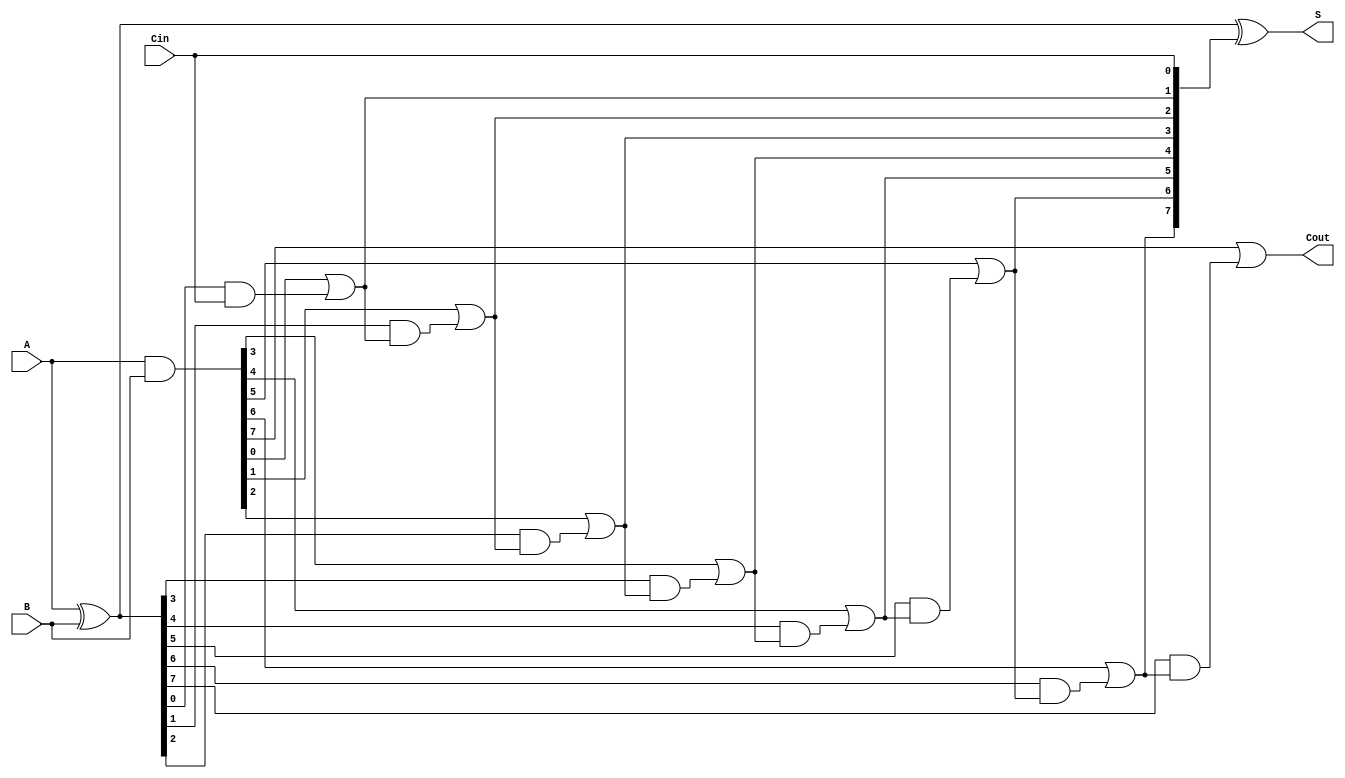
module BrentKungAdder #(parameter N = 8) (
    input [N-1:0] A,
    input [N-1:0] B,
    input Cin,
    output [N-1:0] S,
    output Cout
);

// Generate and Propagate signals
wire [N-1:0] G;
wire [N-1:0] P;
wire [N:0] C; // Carry array, C[0] is the carry-in

assign G = A & B;            // Generate
assign P = A ^ B;            // Propagate
assign C[0] = Cin;           // Initial carry-in

// Carry computation using Brent-Kung logic
genvar i, j;
generate
    // Stage 1
    for (i = 0; i < N; i = i + 1) begin : stage1
        assign C[i+1] = G[i] | (P[i] & C[i]);
    end

    // Additional stages for carry computation
    for (j = 1; j < N; j = j + 1) begin : stages
        for (i = 0; i < N-j; i = i + 1) begin : stage
            assign C[i+j+1] = G[i+j] | (P[i+j] & C[i+j]);
        end
    end
endgenerate

// Sum calculation
assign S = P ^ C[N-1:0]; // Sum bits based on propagate and carry

// Final carry-out
assign Cout = C[N];

endmodule